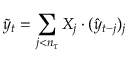
\tilde { y } _ { t } = \sum _ { j < n _ { \tau } } X _ { j } \cdot ( \hat { y } _ { t - j } ) _ { j }